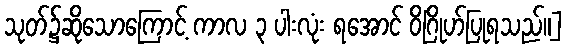
သုတ်၌ဆိုသောကြောင့် ကာလ ၃ ပါးလုံး ရအောင် ဝိဂြိုဟ်ပြုရသည်။]